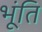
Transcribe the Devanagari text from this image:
भूंति